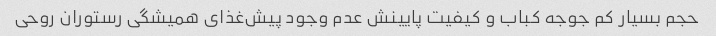
حجم بسیار کم جوجه کباب و کیفیت پایینش عدم وجود پیش‌غذای همیشگی رستوران روحی